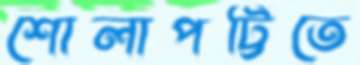
শোলাপট্টিতে